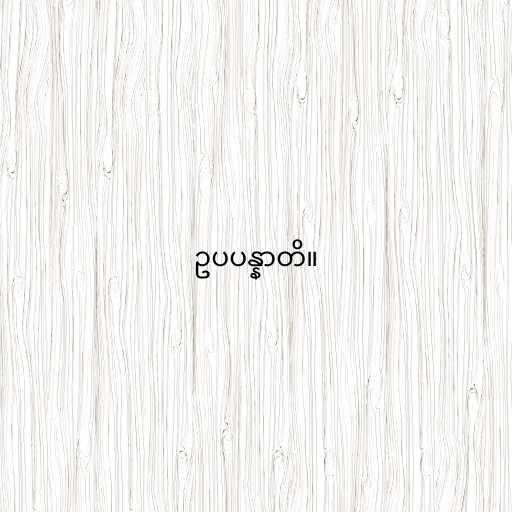
ဥပပန္နာတိ။